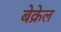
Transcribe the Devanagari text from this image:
बेक्रेल